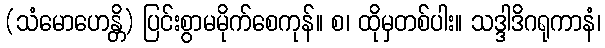
(သံမောဟေန္တိ) ပြင်းစွာမမိုက်စေကုန်။ စ၊ ထိုမှတစ်ပါး။ သဒ္ဒါဒိဂရုကာနံ၊